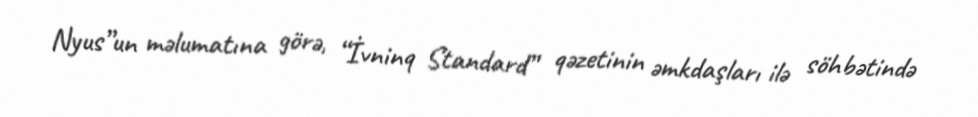
Nyus”un məlumatına görə, “İvninq Standard” qəzetinin əmkdaşları ilə söhbətində